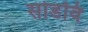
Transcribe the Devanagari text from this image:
सोडवि